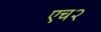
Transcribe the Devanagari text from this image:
एच२